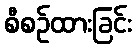
စီစဉ်ထားခြင်း